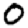
Digit: 0